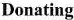
Donating